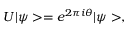
U | \psi > = e ^ { 2 \pi i \theta } | \psi > ,